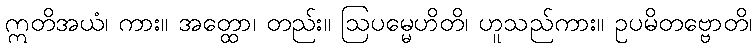
ဣတိအယံ၊ ကား။ အတ္ထော၊ တည်း။ ဩပမ္မေဟိတိ၊ ဟူသည်ကား။ ဥပမိတဗ္ဗောတိ၊